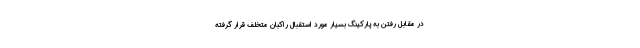
در مقابل رفتن به پارکینگ بسیار مورد استقبال راکبان متخلف قرار گرفته